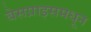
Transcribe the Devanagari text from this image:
बेसप्राइसमधून